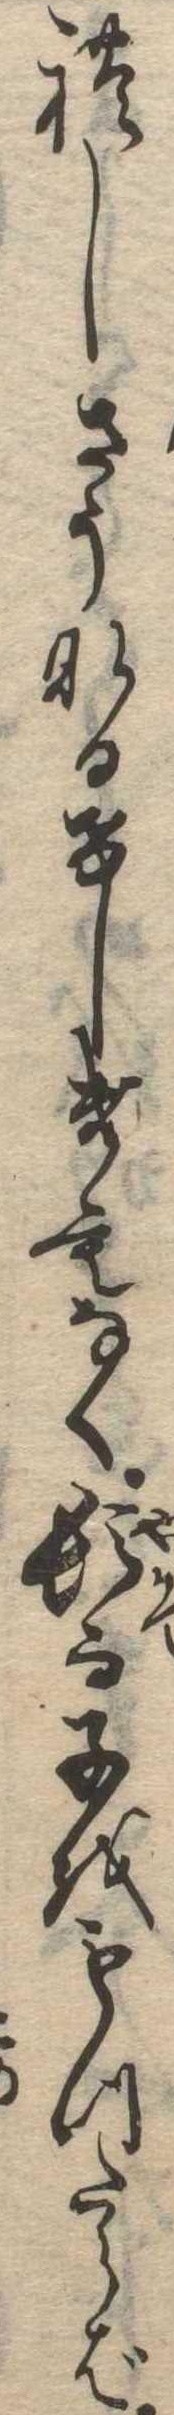
れしさうなるけしきもなく頓而子をもつたらば